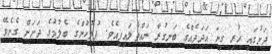
ދަށުގައި ހުރި ގިނަ އަދަދެއްގެ ބަނގުރާ ނައްތާލައިފިއެވެ. ފުލުހުންގެ ބެލުމުގެ ދަށަށް ގެނެވޭ